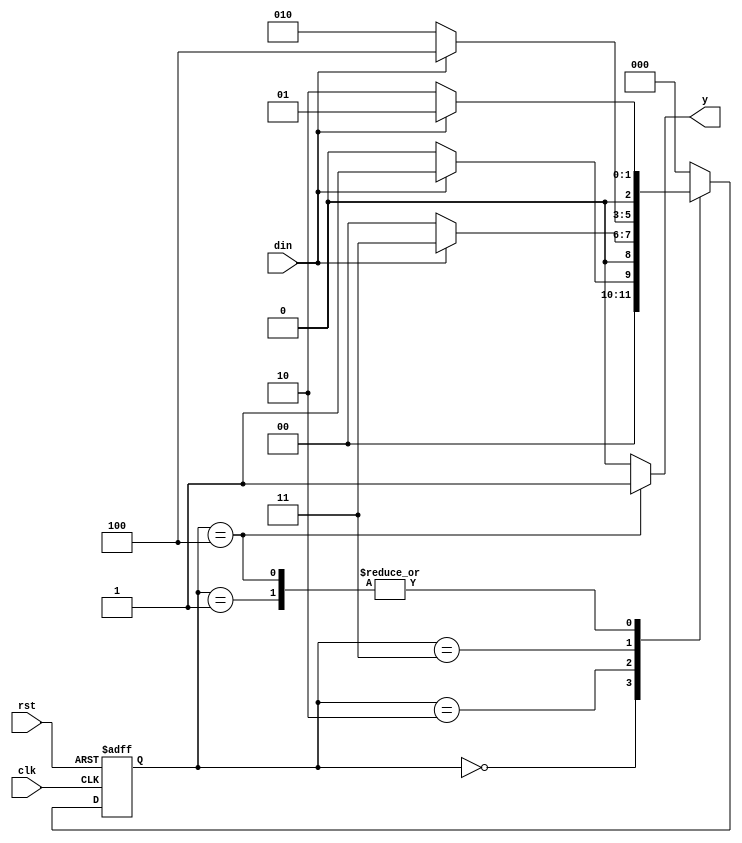
module fsm_1011(
    input clk,rst,din,
    output reg y);

parameter	S0=3'b000,
            S1=3'b001,
            S2=3'b010,
            S3=3'b011,
            S4=3'b100;

reg[2:0] cs, nst;

always @(posedge clk, posedge rst)
begin
	if(rst)
		cs<=S0;
	else
		cs<=nst;
end	

always @(cs,din)
begin
	case(cs)
		S0: begin
				if(din==1)
					nst<=S1;
				else
					nst<=S0;
			 end
			 
		S1: begin
				if(din==1)
					nst<=S1;
				else
					nst<=S2;
			 end
			 
		S2: begin
				if(din==1)
					nst<=S3;
				else
					nst<=S0;
			 end
			 
		S3: begin
				if(din==1)
					nst<=S4;
				else
					nst<=S2;
			 end
			 
		S4: begin
				if(din==1)
					nst<=S1;
				else
					nst<=S2;
			 end
		default: nst<=S0;
	endcase
end

always @(cs)
begin
	case(cs)
		S0: y<=0;
		S1: y<=0;
		S2: y<=0;
		S3: y<=0;
		S4: y<=1;
		default: y<=0;
	endcase
end

endmodule